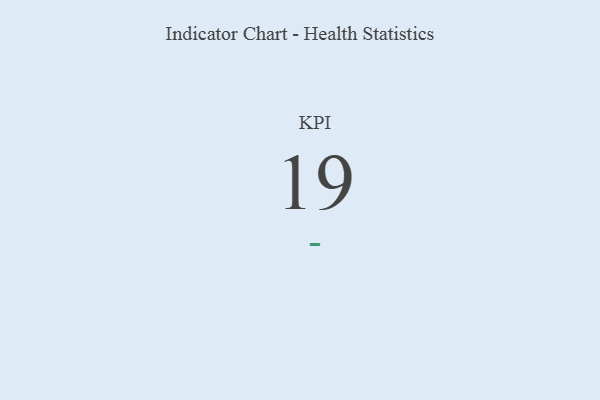
{"axis": {"x": "KPI", "y": "Value"}, "legend": [""], "data": [{"x": "KPI", "y": 19, "type": ""}]}